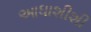
આધાશીશી